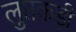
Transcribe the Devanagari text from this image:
लुप्तकड़ी